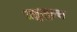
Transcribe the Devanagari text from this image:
वधुमुल्य